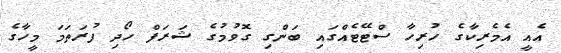
އެއީ އެމެރިކާގެ ހުރިހާ ސްޓޭޓެއްގައި ބަންގި ގޮވުމުގެ ޝަރަފް ހޯދި ފުރަތަމަ މީހާގެ